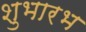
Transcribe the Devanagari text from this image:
शुभारभ